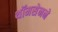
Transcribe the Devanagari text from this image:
थॉमसेनने